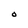
Character: O